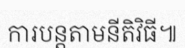
ការបន្តតាមនីតិវិធី៕